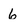
Character: 6